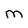
Character: M